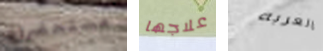
مستحضرات علاجها العربه